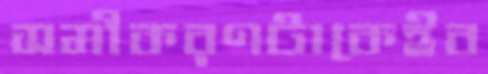
সমীকরণটাকেইব